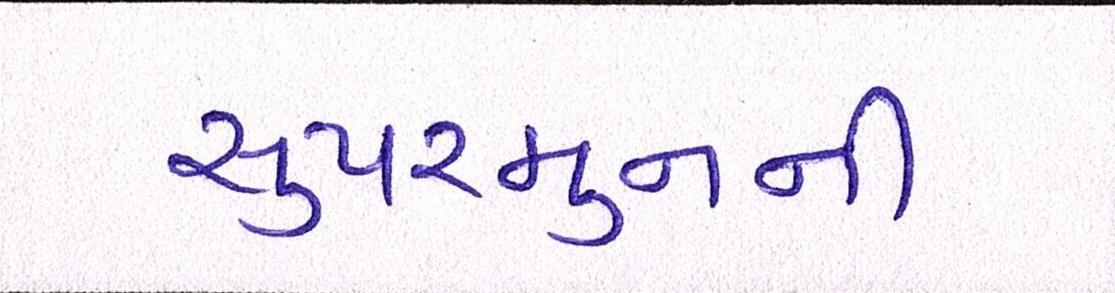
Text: સુપરમુનની